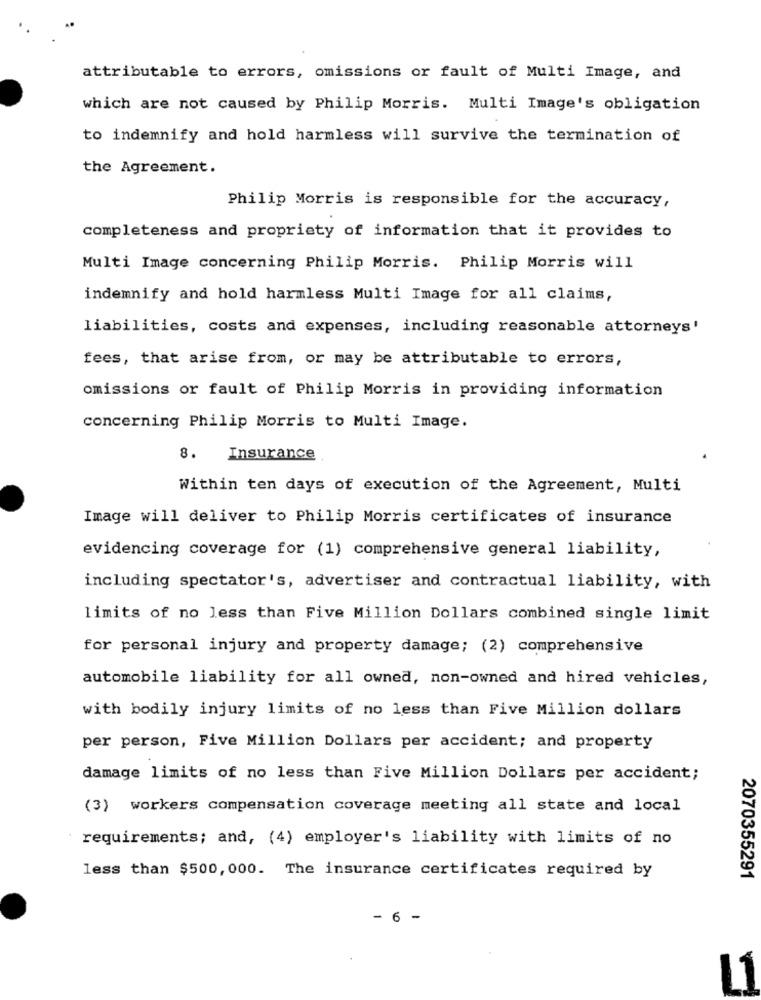
attributable to errors, omissions or fault of Multi Image, and
which are not caused by Philip Morris. Multi Image's obligation
to indemnify and hold harmless will survive the termination of
the Agreement.
Philip Morris is responsible for the accuracy,
completeness and propriety of information that it provides to
Multi Image concerning Philip Morris. Philip Morris will
indemnify and hold harmless Multi Image for all claims,
liabilities, costs and expenses, including reasonable attorneys'
fees, that arise from, or may be attributable to errors,
omissions or fault of Philip Morris in providing information
concerning Philip Morris to Multi Image.
8.
Insurance
Within ten days of execution of the Agreement, Multi
Image will deliver to Philip Morris certificates of insurance
evidencing coverage for (1) comprehensive general liability,
including spectator's, advertiser and contractual liability, with
limits of no less than Five Million Dollars combined single limit
for personal injury and property damage; (2) comprehensive
automobile liability for all owned, non-owned and hired vehicles,
with bodily injury limits of no less than Five Million dollars
per person, Five Million Dollars per accident; and property
damage limits of no less than Five Million Dollars per accident;
(3) workers compensation coverage meeting all state and local
requirements; and, (4) employer's liability with limits of no
less than $500, 000. The insurance certificates required by
2070355291
- 6 -
L1